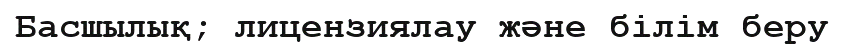
Басшылық; лицензиялау және білім беру